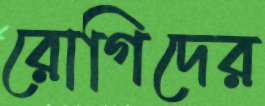
রোগিদের